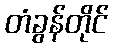
တံခွန်တိုင်